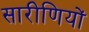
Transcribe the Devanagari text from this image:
सारीणियों